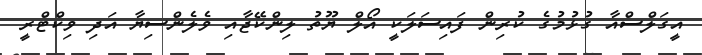
އީގަލްސްއާ ގުޅުމުގެ ކުރިން ފައިސަލަކީ އޯލް ޔޫތު ލިންކޭޖާއި ވެލެންސިޔާ އަދި ވިކްޓްރީ